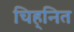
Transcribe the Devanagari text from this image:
चिह्‌नित